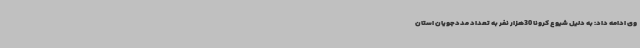
وی ادامه داد: به دلیل شیوع کرونا 30هزار نفر به تعداد مددجویان استان